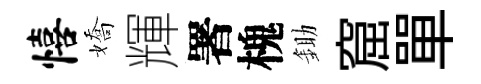
僖嬌輝署槐鋤窟單